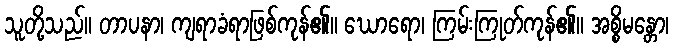
သူတို့သည်။ တာပနာ၊ ကျရာခံရာဖြစ်ကုန်၏။ ဃောရော၊ ကြမ်းကြုတ်ကုန်၏။ အစ္စိမန္တော၊